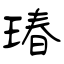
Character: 瑃